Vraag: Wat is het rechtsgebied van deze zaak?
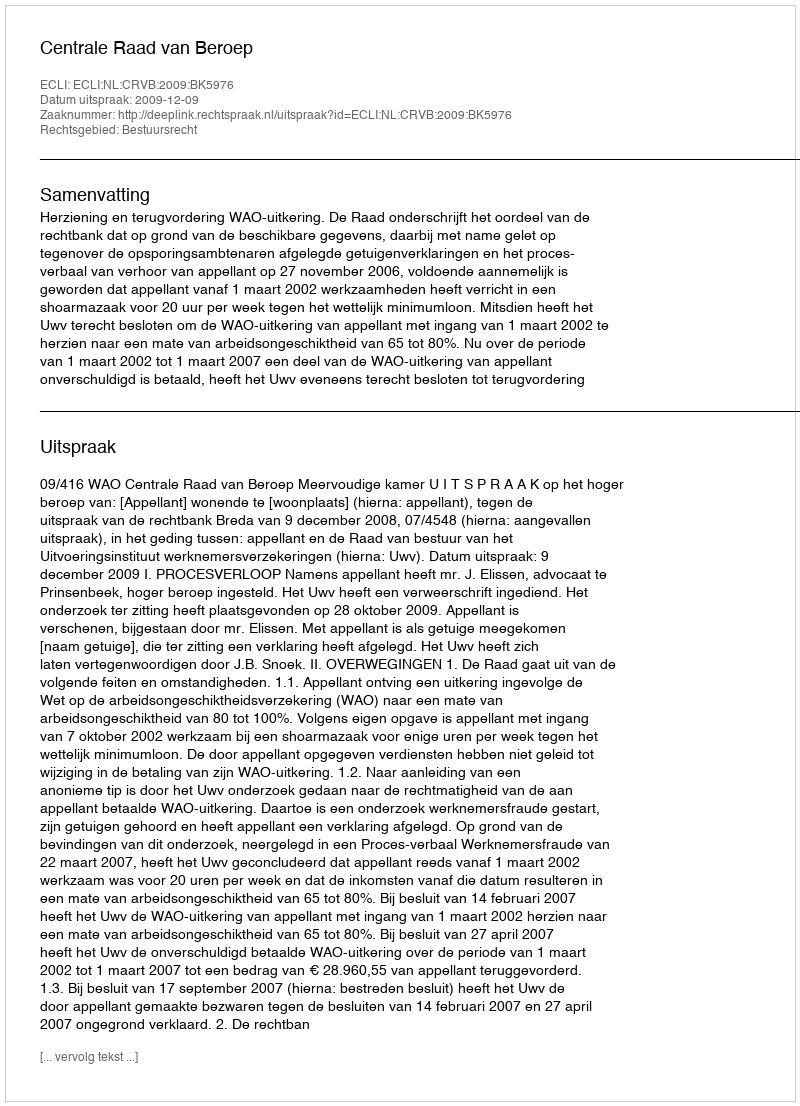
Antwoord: Bestuursrecht